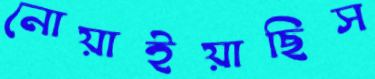
নোয়াইয়াছিস